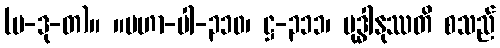
(ပ-ဒု-တ)။ ။မဟာ-ပါ-၃၁၀၊ ဋ္ဌ-၃၁၁၊ ဗုဒ္ဓါနုဿတိ စသည်